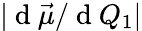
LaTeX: |\mathrm{~d~}\vec{\mu}/\mathrm{~d~}Q_{1}|